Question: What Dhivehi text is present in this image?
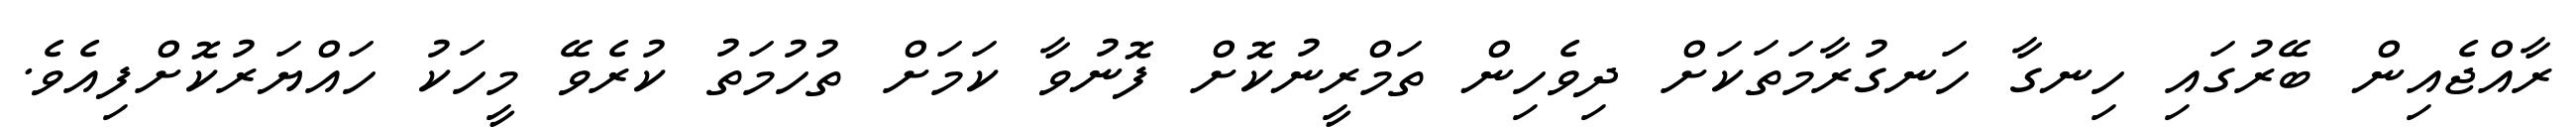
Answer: ރާއްޖެއިން ބޭރުގައި ހިނގާ ހަނގުރާމަތަކަށް ދިވެހިން ތަމްރީނުކޮށް ފޮނުވާ ކަމަށް ތުހުމަތު ކުރެވޭ މީހަކު ހައްޔަރުކޮށްފިއެވެ.